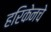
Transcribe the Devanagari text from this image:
हरिकेनचे